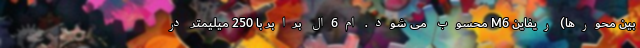
بین محورها) ریفاین M6 محسوب می شود. ام6ال برابر با 250 میلیمتر در